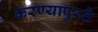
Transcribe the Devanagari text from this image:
करण्यापुरते